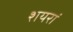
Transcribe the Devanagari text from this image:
शयरॊं